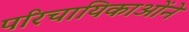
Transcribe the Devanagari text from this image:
परिचायिकाओंने